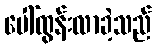
ပေါ်ထွန်းလာခဲ့သည်